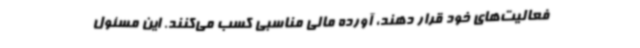
فعالیت‌های خود قرار دهند، آورده مالی مناسبی کسب می‌کنند. این مسئول